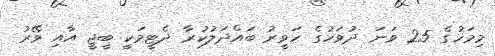
މިމަހުގެ 25 ވަނަ ދުވަހުގެ ހަވީރު ބައްދަލުކުރާ ދެޓީމަކީ ބީޖީ އާއި ވޭރު